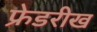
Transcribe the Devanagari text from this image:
फ्रेडरीख